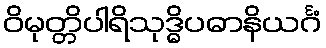
ဝိမုတ္တိပါရိသုဒ္ဓိပဓာနိယင်္ဂံ